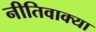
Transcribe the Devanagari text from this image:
नीतिवाक्या